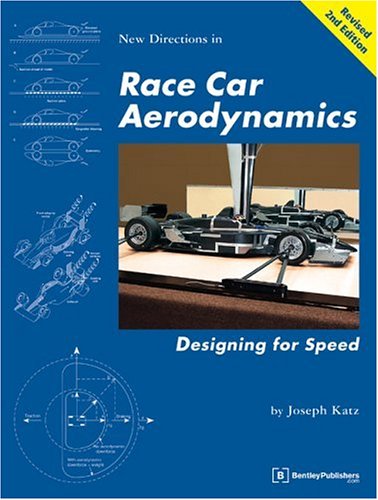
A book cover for Race Car Aerodynamics: Designing for Speed (Engineering and Performance); J Katz; Engineering & Transportation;